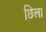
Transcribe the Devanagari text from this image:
छिला